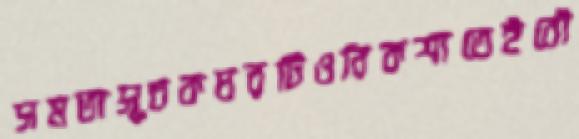
সমতাসূচকঘরটিওরিকশাতেইবৌ